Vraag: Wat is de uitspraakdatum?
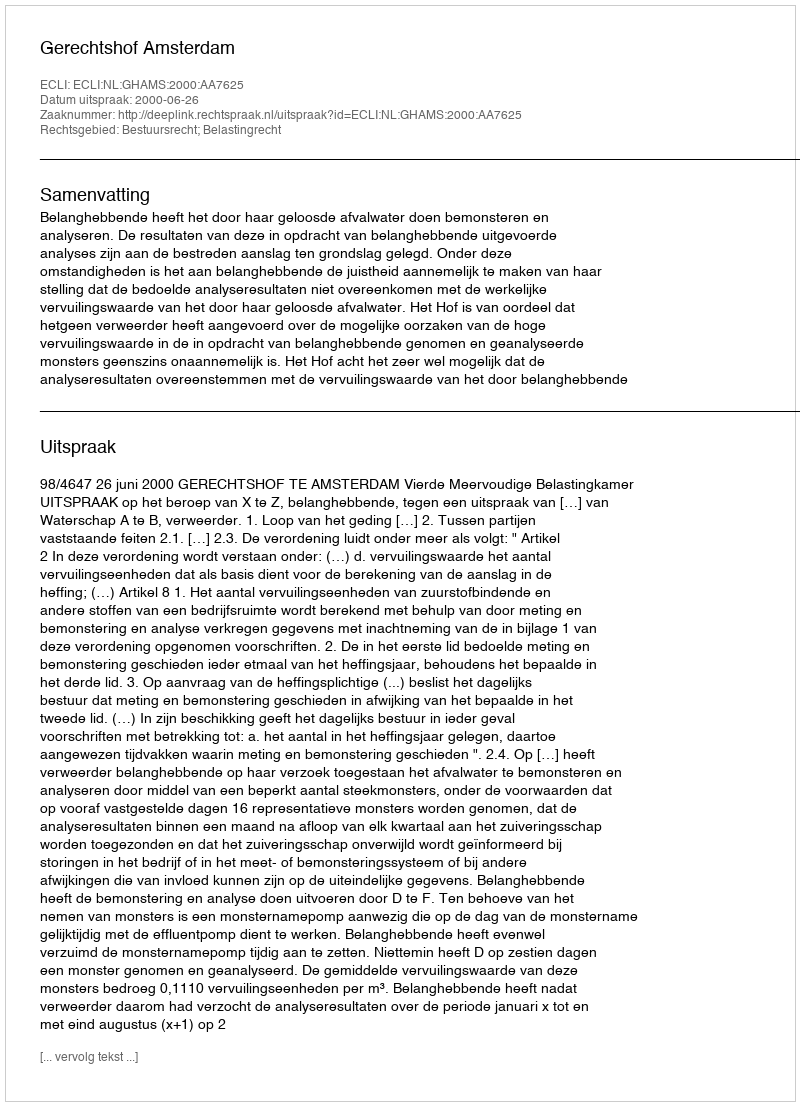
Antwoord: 2000-06-26